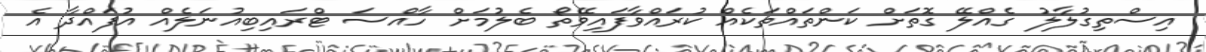
އިސްތިގުލާލު ގެއްލޭ ގޮތަށް ކަންތައްތަކެއް ކުރައްވާފައިވޭތޯ ބެލުމަށް ހާއްސަ ޓްރައިބިއުނަލެއް އުފައްދާ އެ